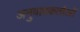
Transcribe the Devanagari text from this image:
अनुवादकर्ताओं